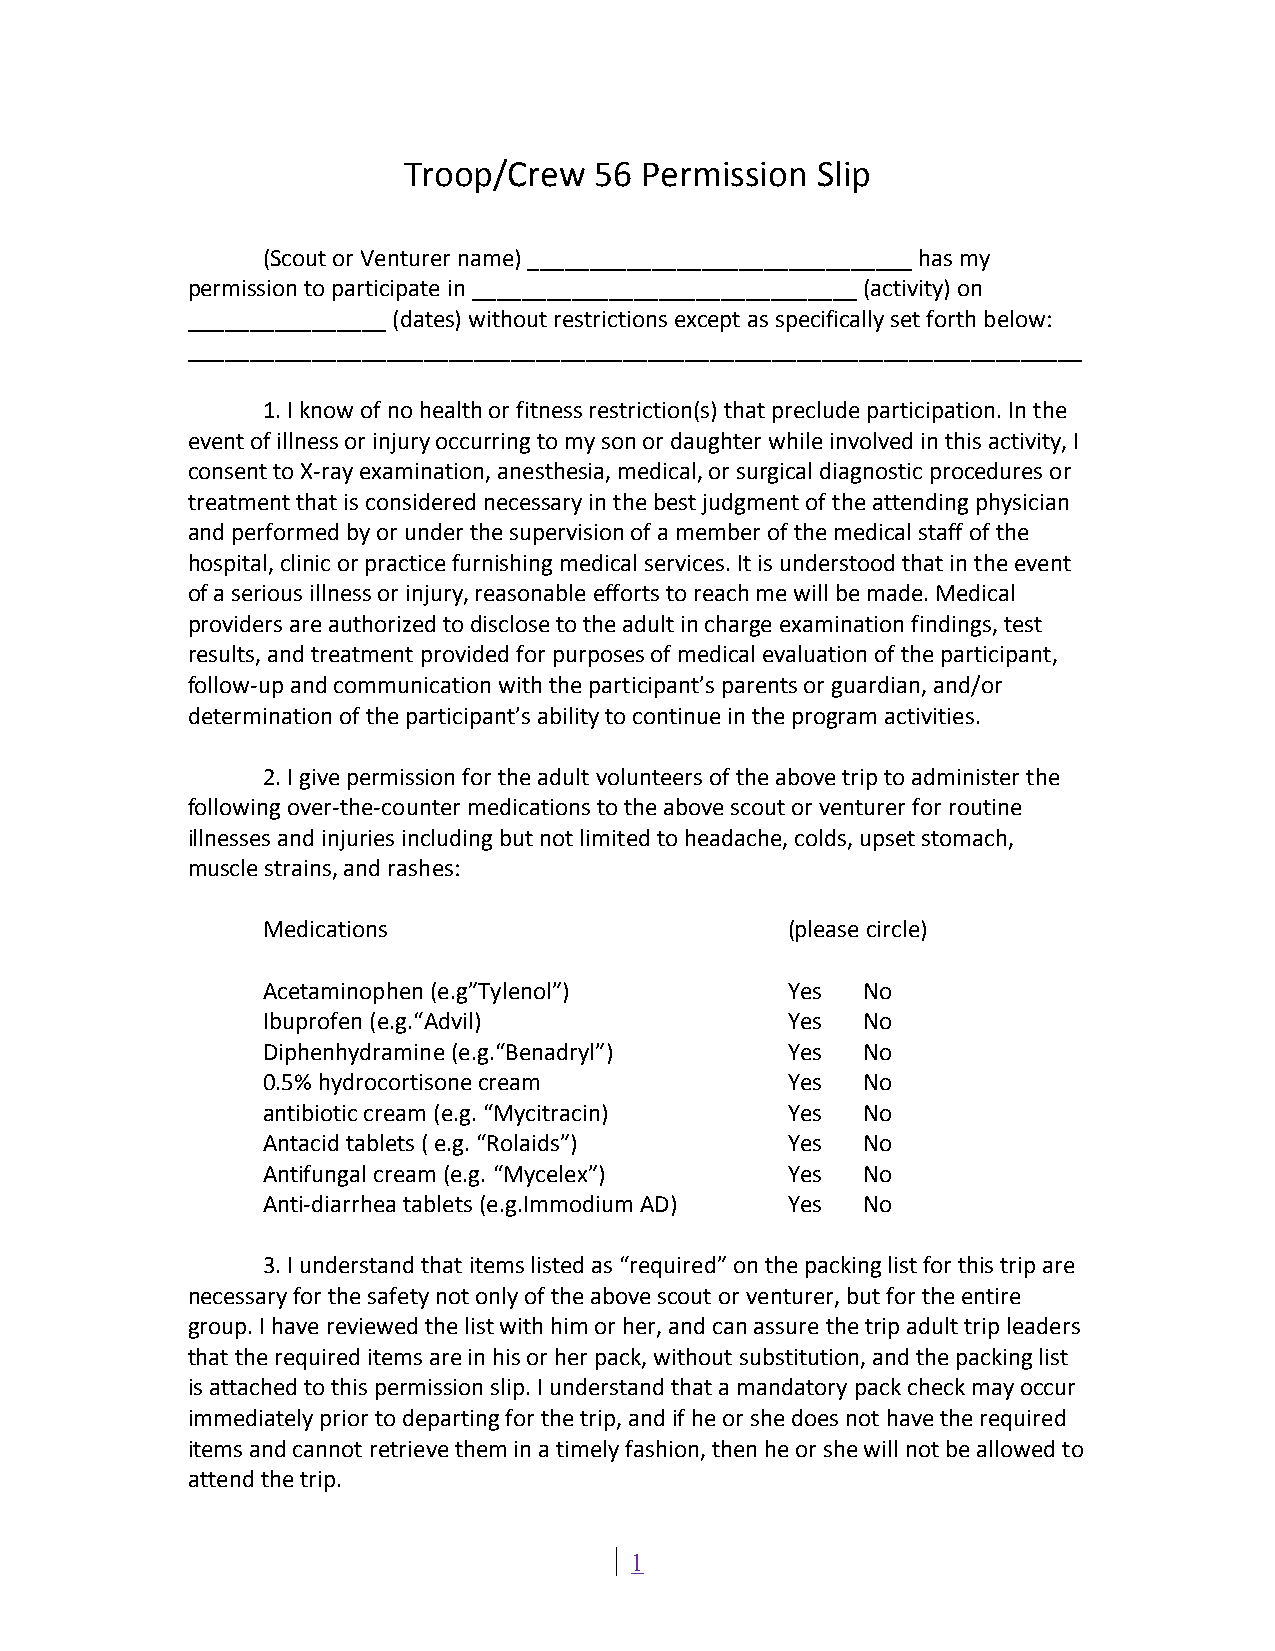
Troop/Crew  56 Permission  Slip
 (Scout or Venturer name) _______________________________ has my
 permission to participate in _______________________________ (activity) on
 ________________ (dates) without restrictions except as specifically set forth below:
 ________________________________________________________________________
 1. I know of no health or fitness restriction(s) that preclude participation. In the
 event of illness or injury occurring to my son or daughter while involved in this activity, I
 consent to X-ray examination, anesthesia, medical, or surgical diagnostic procedures or
 treatment that is considered necessary in the best judgment of the attending physician
 and performed by or under the supervision of a member of the medical staff of the
 hospital, clinic or practice furnishing medical services. It is understood that in the event
 of a serious illness or injury, reasonable efforts to reach me will be made. Medical
 providers are authorized to disclose to the adult in charge examination findings, test
 results, and treatment provided for purposes of medical evaluation of the participant,
 follow-up and communication with the participant’s parents or guardian, and/or
 determination of the participant’s ability to continue in the program activities.
 2. I give permission for the adult volunteers of the above trip to administer the
 following over-the-counter medications to the above scout or venturer for routine
 illnesses and injuries including but not limited to headache, colds, upset stomach,
 muscle strains, and rashes:
 Medications                        (please circle)
 Acetaminophen (e.g”Tylenol”)       Yes  No
 Ibuprofen (e.g.“Advil)             Yes  No
 Diphenhydramine (e.g.“Benadryl”)   Yes  No
 0.5% hydrocortisone cream          Yes  No
 antibiotic cream (e.g. “Mycitracin) Yes No
 Antacid tablets ( e.g. “Rolaids”)  Yes  No
 Antifungal cream (e.g. “Mycelex”)  Yes  No
 Anti-diarrhea tablets (e.g.Immodium AD) Yes No
 3. I understand that items listed as “required” on the packing list for this trip are
 necessary for the safety not only of the above scout or venturer, but for the entire
 group. I have reviewed the list with him or her, and can assure the trip adult trip leaders
 that the required items are in his or her pack, without substitution, and the packing list
 is attached to this permission slip. I understand that a mandatory pack check may occur
 immediately prior to departing for the trip, and if he or she does not have the required
 items and cannot retrieve them in a timely fashion, then he or she will not be allowed to
 attend the trip.
 1